Leaving Certificate Examination (including Day School Certificate (Higher) General paper), 1936
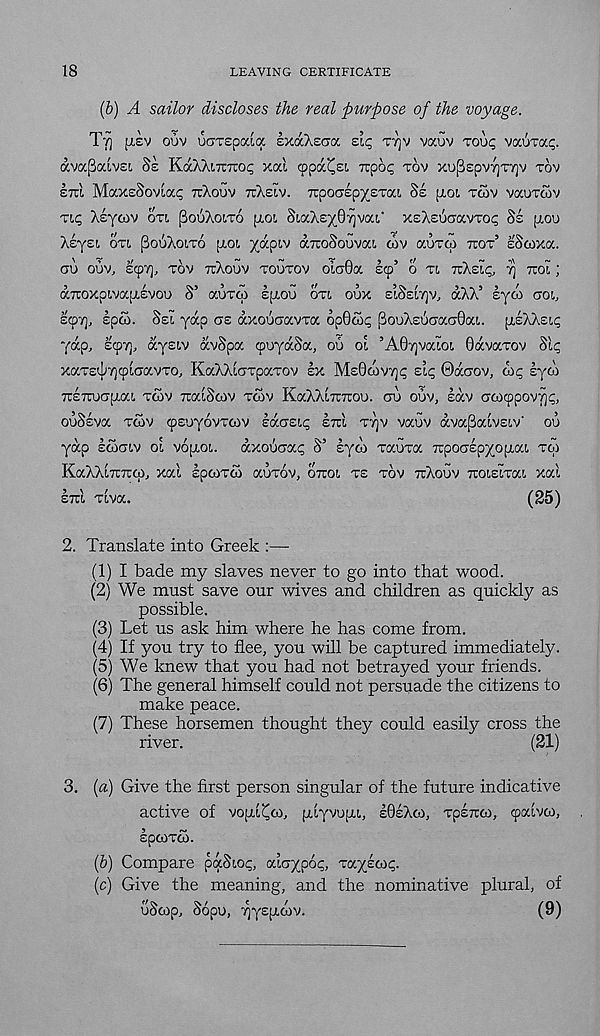
18
LEAVING CERTIFICATE
(6) A sailor discloses the real purpose of the voyage.
TT) [LEV ouv ucTspaia EXocXecia zlc, TTJV vauv voup vauvap.
avapaivei SE KaXXiTTTioc; xal cppa^Ei icpop TOV xu[3Epv7]T7)v TOV
ETll MaXsSoViap TcXoUV TCXEIV. TtpOCTEp^ETOC!. Ss ITOL voiv vaurcov
TIC, XEyaiv OTL ^OUXOLTO [TOi SLaXs/Orjva!,' XEXEuaavTop Ss [TOO
XEyEi OTI POUXOITO (TOL yvpLv aTroSouvat. cov auToi TIOT’ sScoxa.
CJU OUV, E(p7], TOV TrXoOV TOUTOV 01000. ECp’ O Tt. TcXEip, 7] TToI [
a7roxpiva[T£voo S’ OUTCO E[TOO OTI OUX ELSELTJV, dXX’ lyw ooi,
£97], Epoo. SEL yap os dxouoavTa op0o5p PooX£Uoao0aL
[TEXXEIP
yap, £97], aysiv dvSpa 9'jydSa, 00 ot ’A07)valot, OOVOTOV Sip
xaxE'iy9LOOVTO, KaXXtoTpaTov lx ME0<OV7]P sip ©doov, oip syco
TTETUiofTO!, TWV TLOISOIV TCOV KOXXLTLTUOO. OO ouv, lav ooyppovyc,
OUSEVO TOJV 9EuyovTcov IdoEip ETcl TTjv vauv dvapaivEiv'
ou
yap soaoiv oi VOJTOL.
dxoSoap S’ syob Taura TTpooEpyopiai. TOI
KaXXiTTTupi, xai IpoiToi OUTOV, OTZOI TE TOV TUXOUV TTOIEITOI xai
ETTI Tiva.
(25)
2. Translate into Greek :—
(1) I bade my slaves never to go into that wood.
(2) We must save our wives and children as quickly as
possible.
(3) Let us ask him where he has come from.
(4) If you try to flee, you will be captured immediately.
(5) We knew that you had not betrayed your friends.
(6) The general himself could not persuade the citizens to
make peace.
(7) These horsemen thought they could easily cross the
river.
(21)
3. (a) Give the first person singular of the future indicative
active of vopd^co, [riyvupu, £0eXco, TpETroi, 9aivw,
IpCOTCO.
(&) Compare paSiop, aiaypop, Toc/euq.
(c) Give the meaning, and the nominative plural, of
uScop, Sopu, 7)y£[T0)V.
(9)